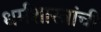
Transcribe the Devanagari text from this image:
धर्मशास्त्रांची